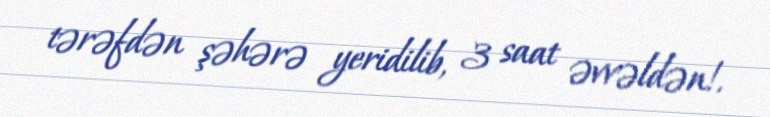
tərəfdən şəhərə yeridilib, 3 saat əvvəldən!.